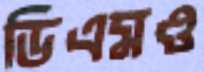
ডিএমও